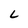
Character: L